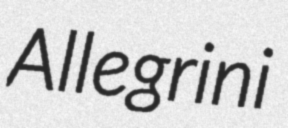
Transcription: Allegrini